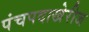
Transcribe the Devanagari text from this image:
पंचपदाखेरीज